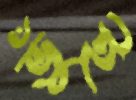
ভুঁই